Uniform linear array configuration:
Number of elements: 8
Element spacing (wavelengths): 0.75
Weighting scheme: binomial
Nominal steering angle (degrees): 60
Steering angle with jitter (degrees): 58.721
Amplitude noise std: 0.05
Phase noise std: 0.05

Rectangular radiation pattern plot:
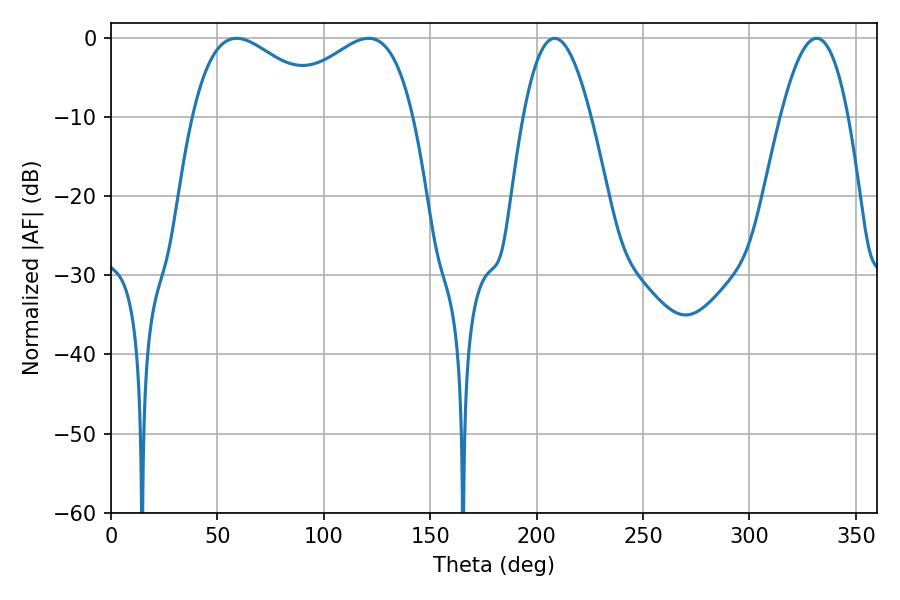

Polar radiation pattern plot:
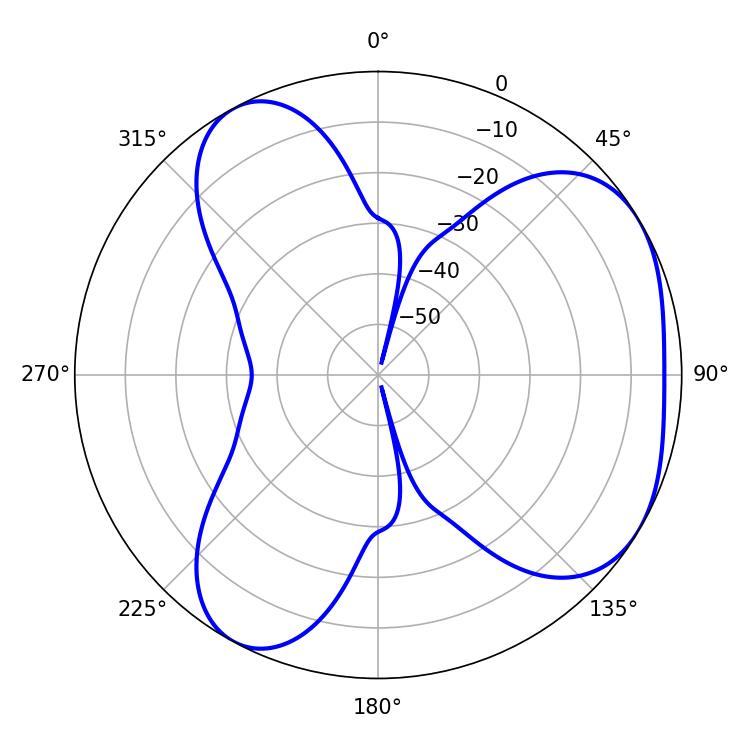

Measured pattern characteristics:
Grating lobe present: TRUE
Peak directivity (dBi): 4.377
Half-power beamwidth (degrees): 17.28
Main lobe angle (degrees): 331.56